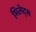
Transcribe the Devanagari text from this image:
मिलेट्स